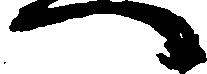
へ